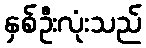
နှစ်ဦးလုံးသည်